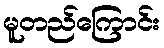
မူတည်ကြောင်း